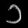
Digit: ၁